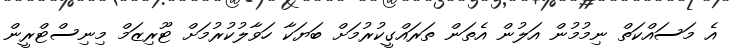
އެ މަސައްކަތް ނިމުމުން އަލުން އެތަން ތަރައްގީކުރުމަށް ބަޔަކާ ހަވާލުކުރުމަށް ޓޫރިޒަމް މިނިސްޓްރީން